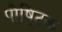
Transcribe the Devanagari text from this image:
पौषि्टक